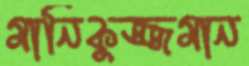
মানিকুজ্জমান